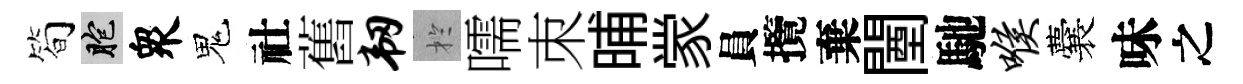
筍胞衆鬼社舊韧扵嚅朿晡䝉員攬棄闉馳喉囊味之